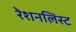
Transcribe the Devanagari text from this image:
रेशनलिस्ट